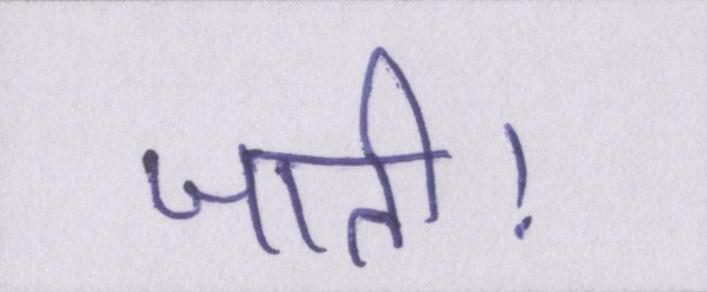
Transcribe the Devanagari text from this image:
जाती।